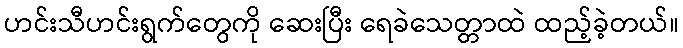
ဟင်းသီဟင်းရွက်တွေကို ဆေးပြီး ရေခဲသေတ္တာထဲ ထည့်ခဲ့တယ်။